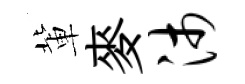
軰麥沛